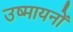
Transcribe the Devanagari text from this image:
उष्मायनों